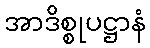
အာဒိစ္စုပဋ္ဌာနံ